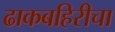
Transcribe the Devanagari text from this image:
ढाकबहिरीचा